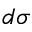
d \sigma